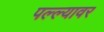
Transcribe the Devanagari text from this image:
पल्ल्यावर